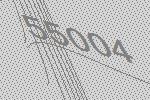
55004